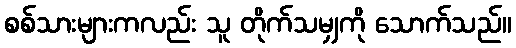
စစ်သားများကလည်း သူ တိုက်သမျှကို သောက်သည်။